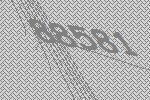
88581